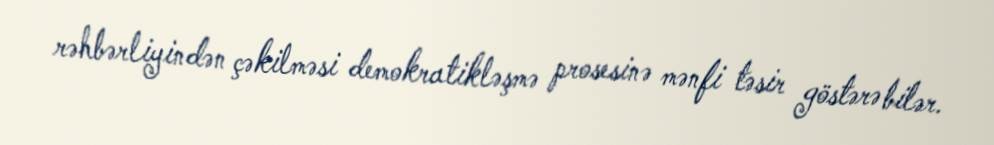
rəhbərliyindən çəkilməsi demokratikləşmə prosesinə mənfi təsir göstərə bilər.